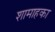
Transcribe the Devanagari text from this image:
शामाहका